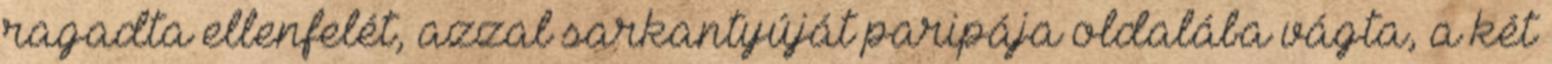
ragadta ellenfelét, azzal sarkantyúját paripája oldalába vágta, a két